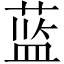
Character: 蓝